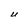
Character: U